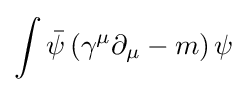
\int {\bar {\psi }}\left(\gamma ^{\mu }\partial _{\mu }-m\right)\psi